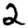
Digit: 2